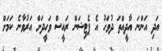
އަދި އަންނަ އާދީއްތަ ދުވަހު އެ ޕެޓިޝަން ރައީސް ވަހީދަށް އަރުވާނެ ކަމަށް